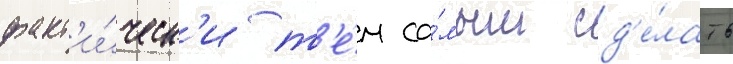
факт'и́ческ'и т'е́м са́мым сд'е́лать